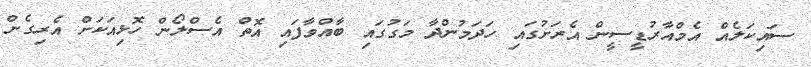
ސައިކަލެއް އެމްއާރުޑީސީން އެރަށުގައި ހަދަމުންދާ މަގުގައި ބާއްވާފައި އޮތް އެސްލޯން ހޮޅިއަކަށް އެރިގެން